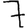
Digit: 7